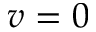
v = 0